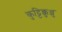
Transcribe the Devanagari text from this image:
कुट्टिक्कुञ्ञु